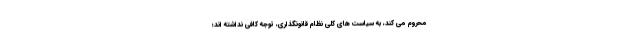
محروم می کند، به سیاست های کلی نظام قانونگذاری، توجه کافی نداشته اند؛